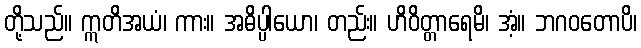
တို့သည်။ ဣတိအယံ၊ ကား။ အဓိပ္ပါယော၊ တည်း။ ဟိဝိတ္တာရေမိ၊ အံ့။ ဘဂဝတောပိ၊